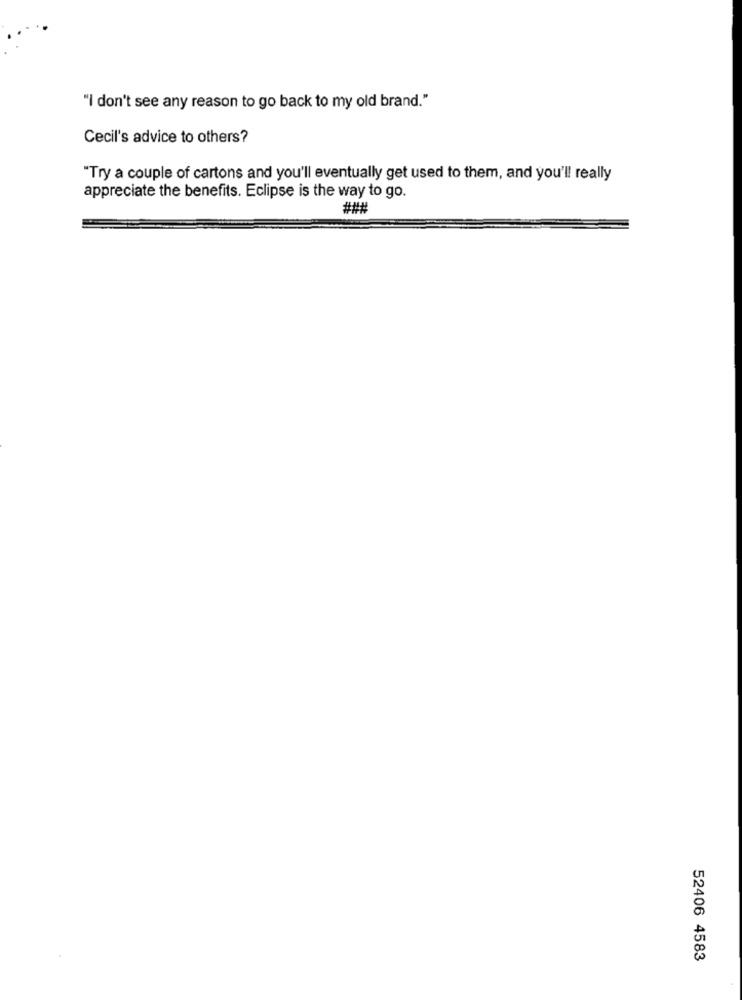
"I don't see any reason to go back to my old brand."
Cecil's advice to others?
"Try a couple of cartons and you'll eventually get used to them, and you'll really
appreciate the benefits. Eclipse is the way to go.
###
52406 4583